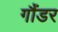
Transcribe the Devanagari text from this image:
गौंडर